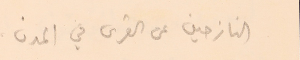
النازحين عن القرى في المدن